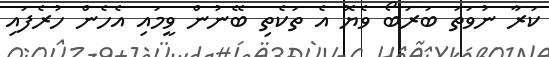
ކަރާ ނުވަތަ ބަރަބޯ ވެޔޮ އެ ތަކެތި ބޭނުން ވީމައި އެހެން ހުރެފައި